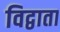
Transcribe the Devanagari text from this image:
विद्वाता